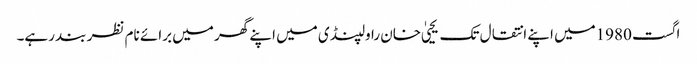
اگست 1980میں اپنے انتقال تک یحییٰ خان راولپنڈی میں اپنے گھر میں برائے نام نظر بند رہے۔